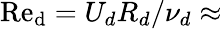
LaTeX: \mathrm{Re_{d}}=U_{d}R_{d}/\nu_{d}\approx